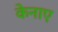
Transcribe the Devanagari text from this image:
केनाए